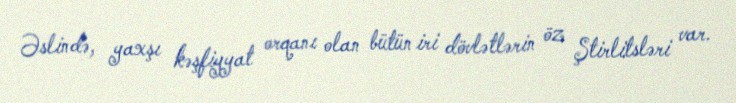
Əslində, yaxşı kəşfiyyat orqanı olan bütün iri dövlətlərin öz Ştirlitsləri var.